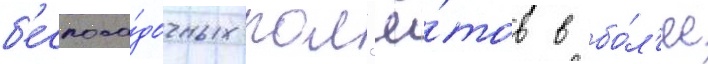
б'еспоса́дочных пол'ё́тов в бо́л'ее